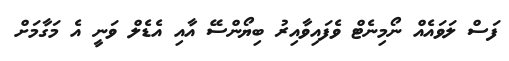
ފަސް ލަވައެއް ނޯމިނެޓް ވެފައިވާއިރު ބިޔޯންސޭ އާއި އެޑެލް ވަނީ އެ މަގާމަށް